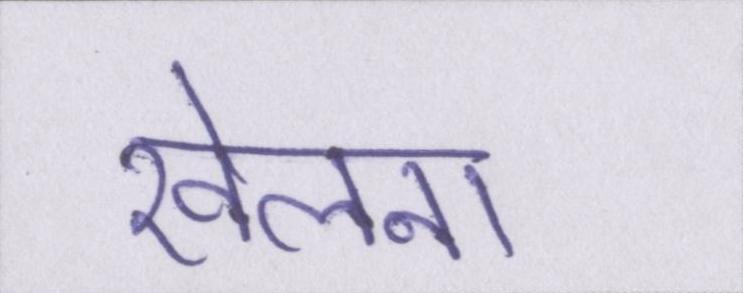
खेलना